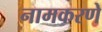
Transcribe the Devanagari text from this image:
नामकरणे